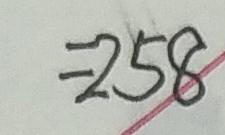
= 2 5 8